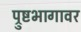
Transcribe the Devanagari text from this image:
प्रुष्टभागावर